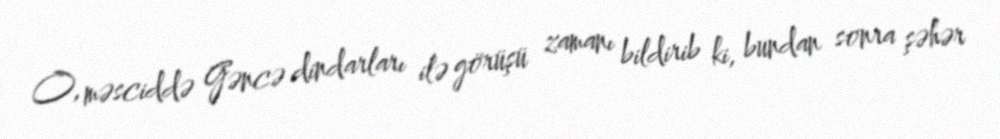
O, məsciddə Gəncə dindarları ilə görüşü zamanı bildirib ki, bundan sonra şəhər